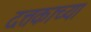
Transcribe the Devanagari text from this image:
दत्तकाच्या